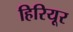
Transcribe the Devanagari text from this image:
हिरियूर